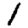
Digit: 1